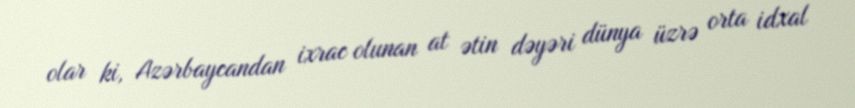
olar ki, Azərbaycandan ixrac olunan at ətin dəyəri dünya üzrə orta idxal